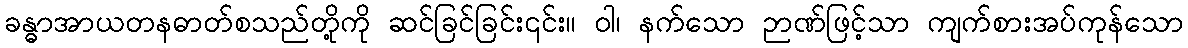
ခန္ဓာအာယတနဓာတ်စသည်တို့ကို ဆင်ခြင်ခြင်း၎င်း။ ဝါ၊ နက်သော ဉာဏ်ဖြင့်သာ ကျက်စားအပ်ကုန်သော